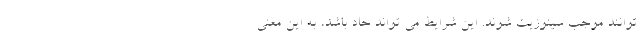
توانند موجب سینوزیت شوند. این شرایط می تواند حاد باشد، به این معنی